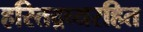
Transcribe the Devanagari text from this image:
हरितद्रव्यरहित